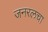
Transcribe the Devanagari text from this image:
जनरलचा